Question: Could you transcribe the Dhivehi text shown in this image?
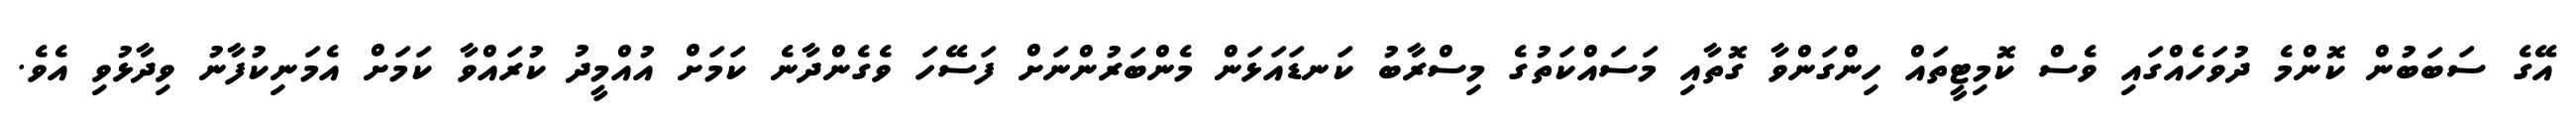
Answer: އޭގެ ސަބަބުން ކޮންމެ ދުވަހެއްގައި ވެސް ކޮމިޓީތައް ހިންގަންވާ ގޮތާއި މަސައްކަތުގެ މިސްރާބު ކަނޑައަޅަން މެންބަރުންނަށް ފަސޭހަ ވެގެންދާނެ ކަމަށް އުއްމީދު ކުރައްވާ ކަމަށް އެމަނިކުފާނު ވިދާޅުވި އެވެ.